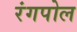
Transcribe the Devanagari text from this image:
रंगपोल